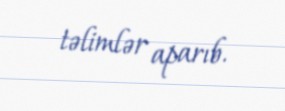
təlimlər aparıb.